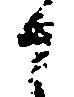
候